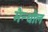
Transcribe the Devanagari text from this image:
मैन्थोल